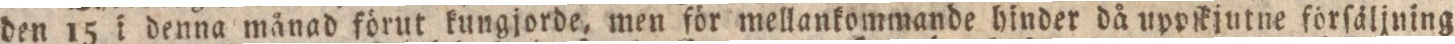
den 15 i denna månad förut kungjorde, men för mellankommande hinder då uppſkjutne förſäljning